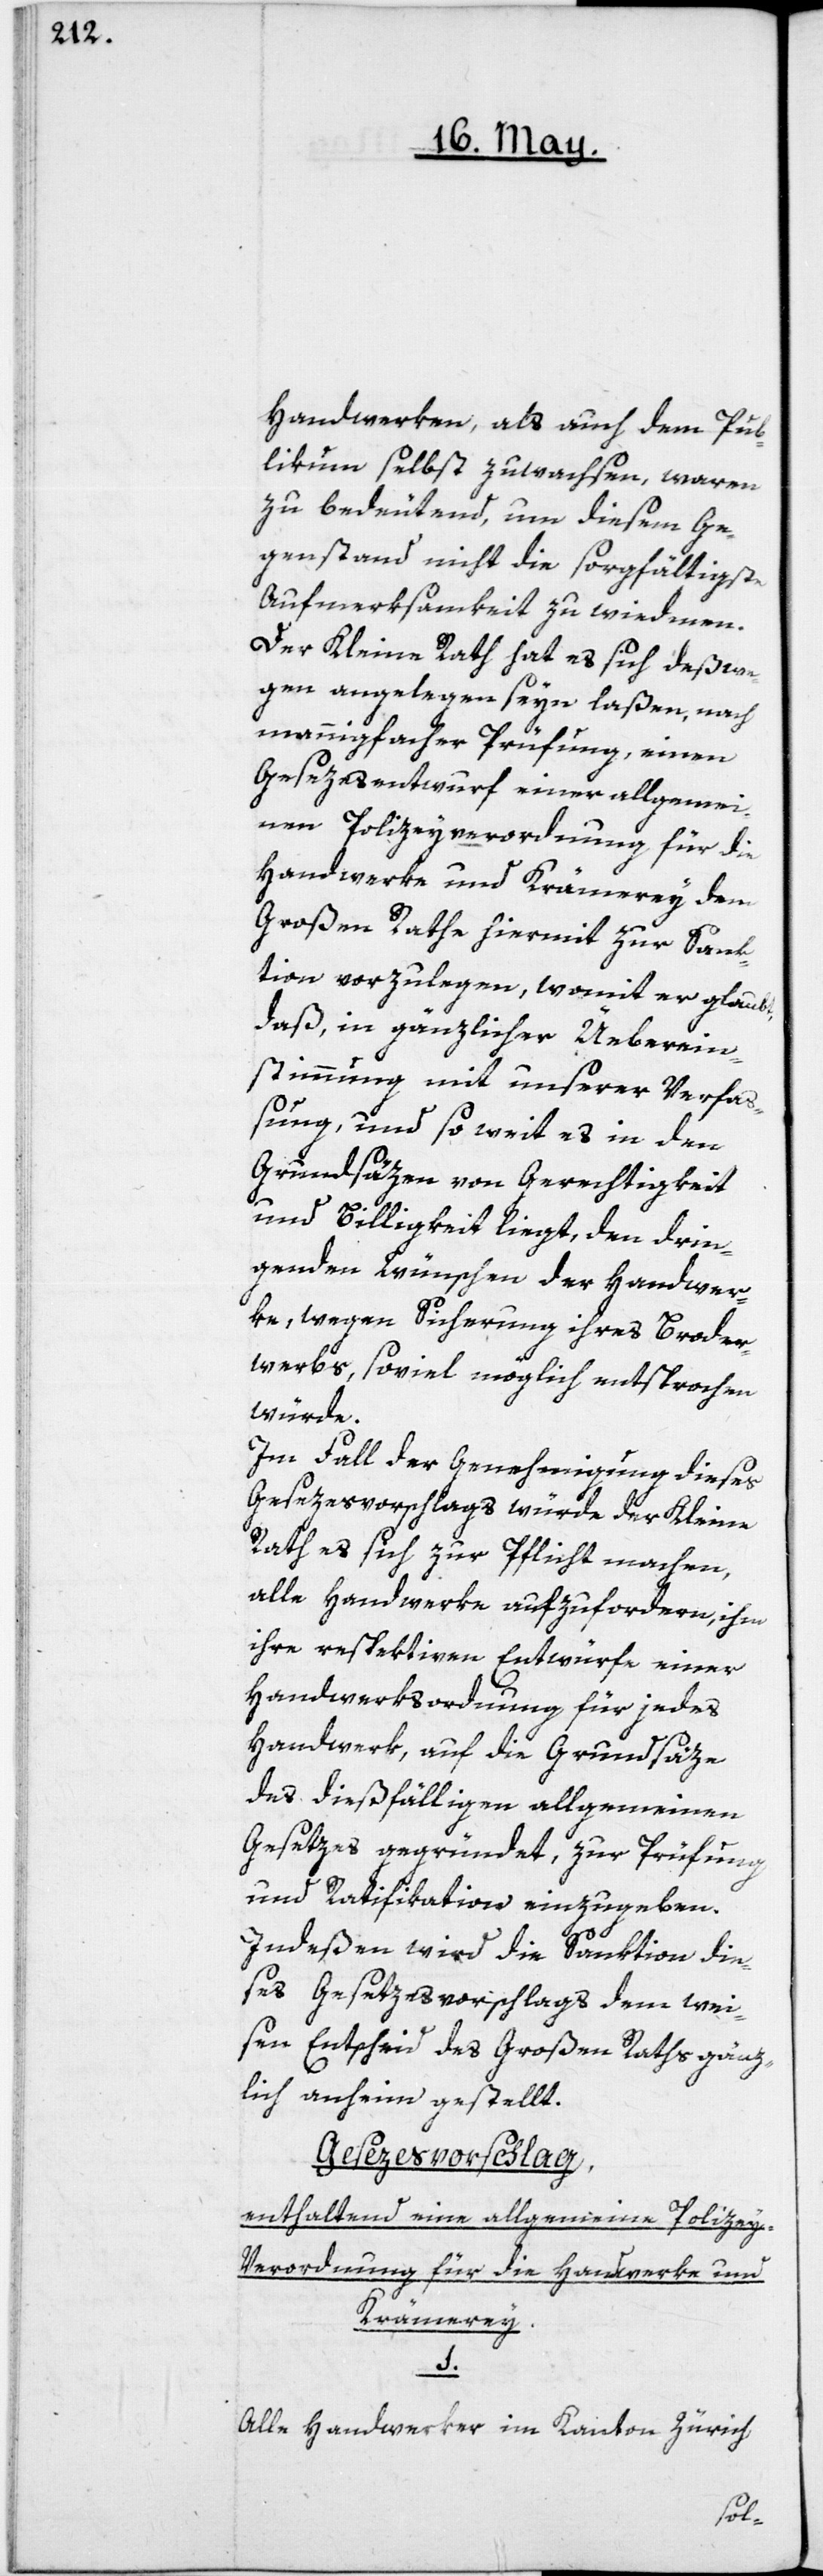
Handwerken, als auch dem Pub¬
likum selbst zuwachsen, waren
zu bedeutend, um diesem Ge¬
genstand nicht die sorgfältigste
Aufmerksamkeit zu wiedmen.
Der Kleine Rath hat es sich deßwe¬
gen angelegen seyn laßen, nach
mannigfacher Prüfung, einen
Gesezesentwurf einer allgemei¬
nen Polizeyverordnung für die
Handwerke und Krämerey dem
großen Rathe hiermit zur Sank¬
tion vorzulegen, womit er glaubt,
daß, in gänzlicher Ueberein¬
stimmung mit unserer Verfaß¬
ung, und soweit es in den
Grundsäzen von Gerechtigkeit
und Billigkeit liegt, den drin¬
genden Wünschen der Handwer¬
ke, wegen Sicherung ihres Broder¬
werbs soviel möglich entsprochen
würde.
Im Fall der Genehmigung dieses
Gesezesvorschlags würde der Kleine
Rath es sich zur Pflicht machen,
alle Handwerke aufzufordern, ihm
ihre respektiven Entwürfe einer
Handwerksordnung für jedes
Handwerk, auf die Grundsäze
des dießfälligen allgemeinen
Gesetzes gegründet, zur Prüfung
und Ratifikation einzugeben.
Indeßen wird die Sanktion die¬
ses Gesetzesvorschlags dem wei¬
sen Entscheid des Großen Raths gänz¬
lich anheim gestellt.
Gesezesvorschlag,
enthaltend eine allgemeine Polizey-V¬
erordnung für die Handwerke und
Krämerey.
1.
Alle Handwerker im Kanton Zürich